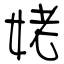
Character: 姥